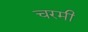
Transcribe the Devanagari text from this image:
चरमी